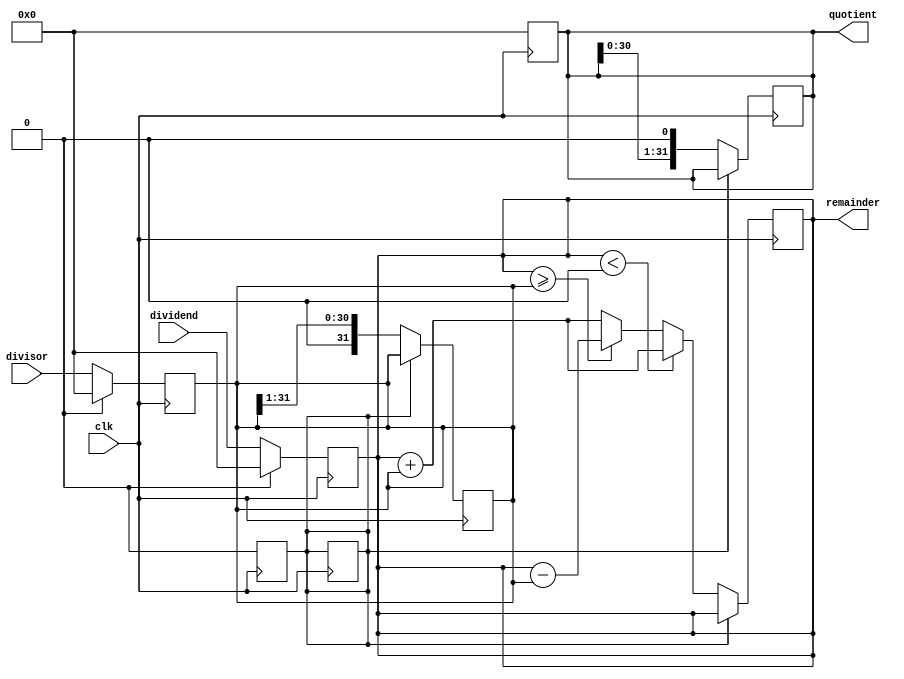
module NonRestoringDivider (
  input wire clk,
  input wire [31:0] dividend,
  input wire [31:0] divisor,
  
  output reg [31:0] quotient,
  output reg [31:0] remainder
);

reg [31:0] divisor_reg;
reg [31:0] quotient_reg;
reg [31:0] remainder_reg;
reg [1:0] count;
reg done;

// Initialize registers
always @ (posedge clk) begin
  if (reset) begin
    divisor_reg <= 0;
    quotient_reg <= 0;
    remainder_reg <= 0;
    count <= 0;
    done <= 0;
  end else begin
    divisor_reg <= divisor;
    quotient_reg <= 0;
    remainder_reg <= dividend;
    count <= 0;
    done <= 0;
  end
end

// Non-Restoring Division algorithm
always @ (posedge clk) begin
  if (!done) begin
    if (remainder_reg >= divisor_reg) begin
      remainder_reg <= remainder_reg - divisor_reg;
      quotient_reg <= quotient_reg + 1;
    end else begin
      remainder_reg <= remainder_reg + divisor_reg;
    end
    
    if (remainder_reg < 0) begin
      remainder_reg <= remainder_reg + divisor_reg;
      quotient_reg <= quotient_reg - 1;
    end
    
    count <= count + 1;
    
    // Shift divisor and quotient for next iteration
    divisor_reg <= divisor_reg >> 1;
    quotient_reg <= quotient_reg << 1;
    
    if (count == 31) begin
      done <= 1;
    end
  end
end

assign quotient = quotient_reg;
assign remainder = remainder_reg;

endmodule